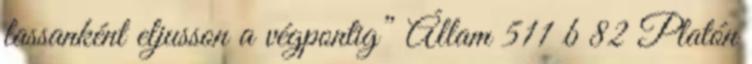
lassanként eljusson a végpontig” Állam 511 b 82 Platón